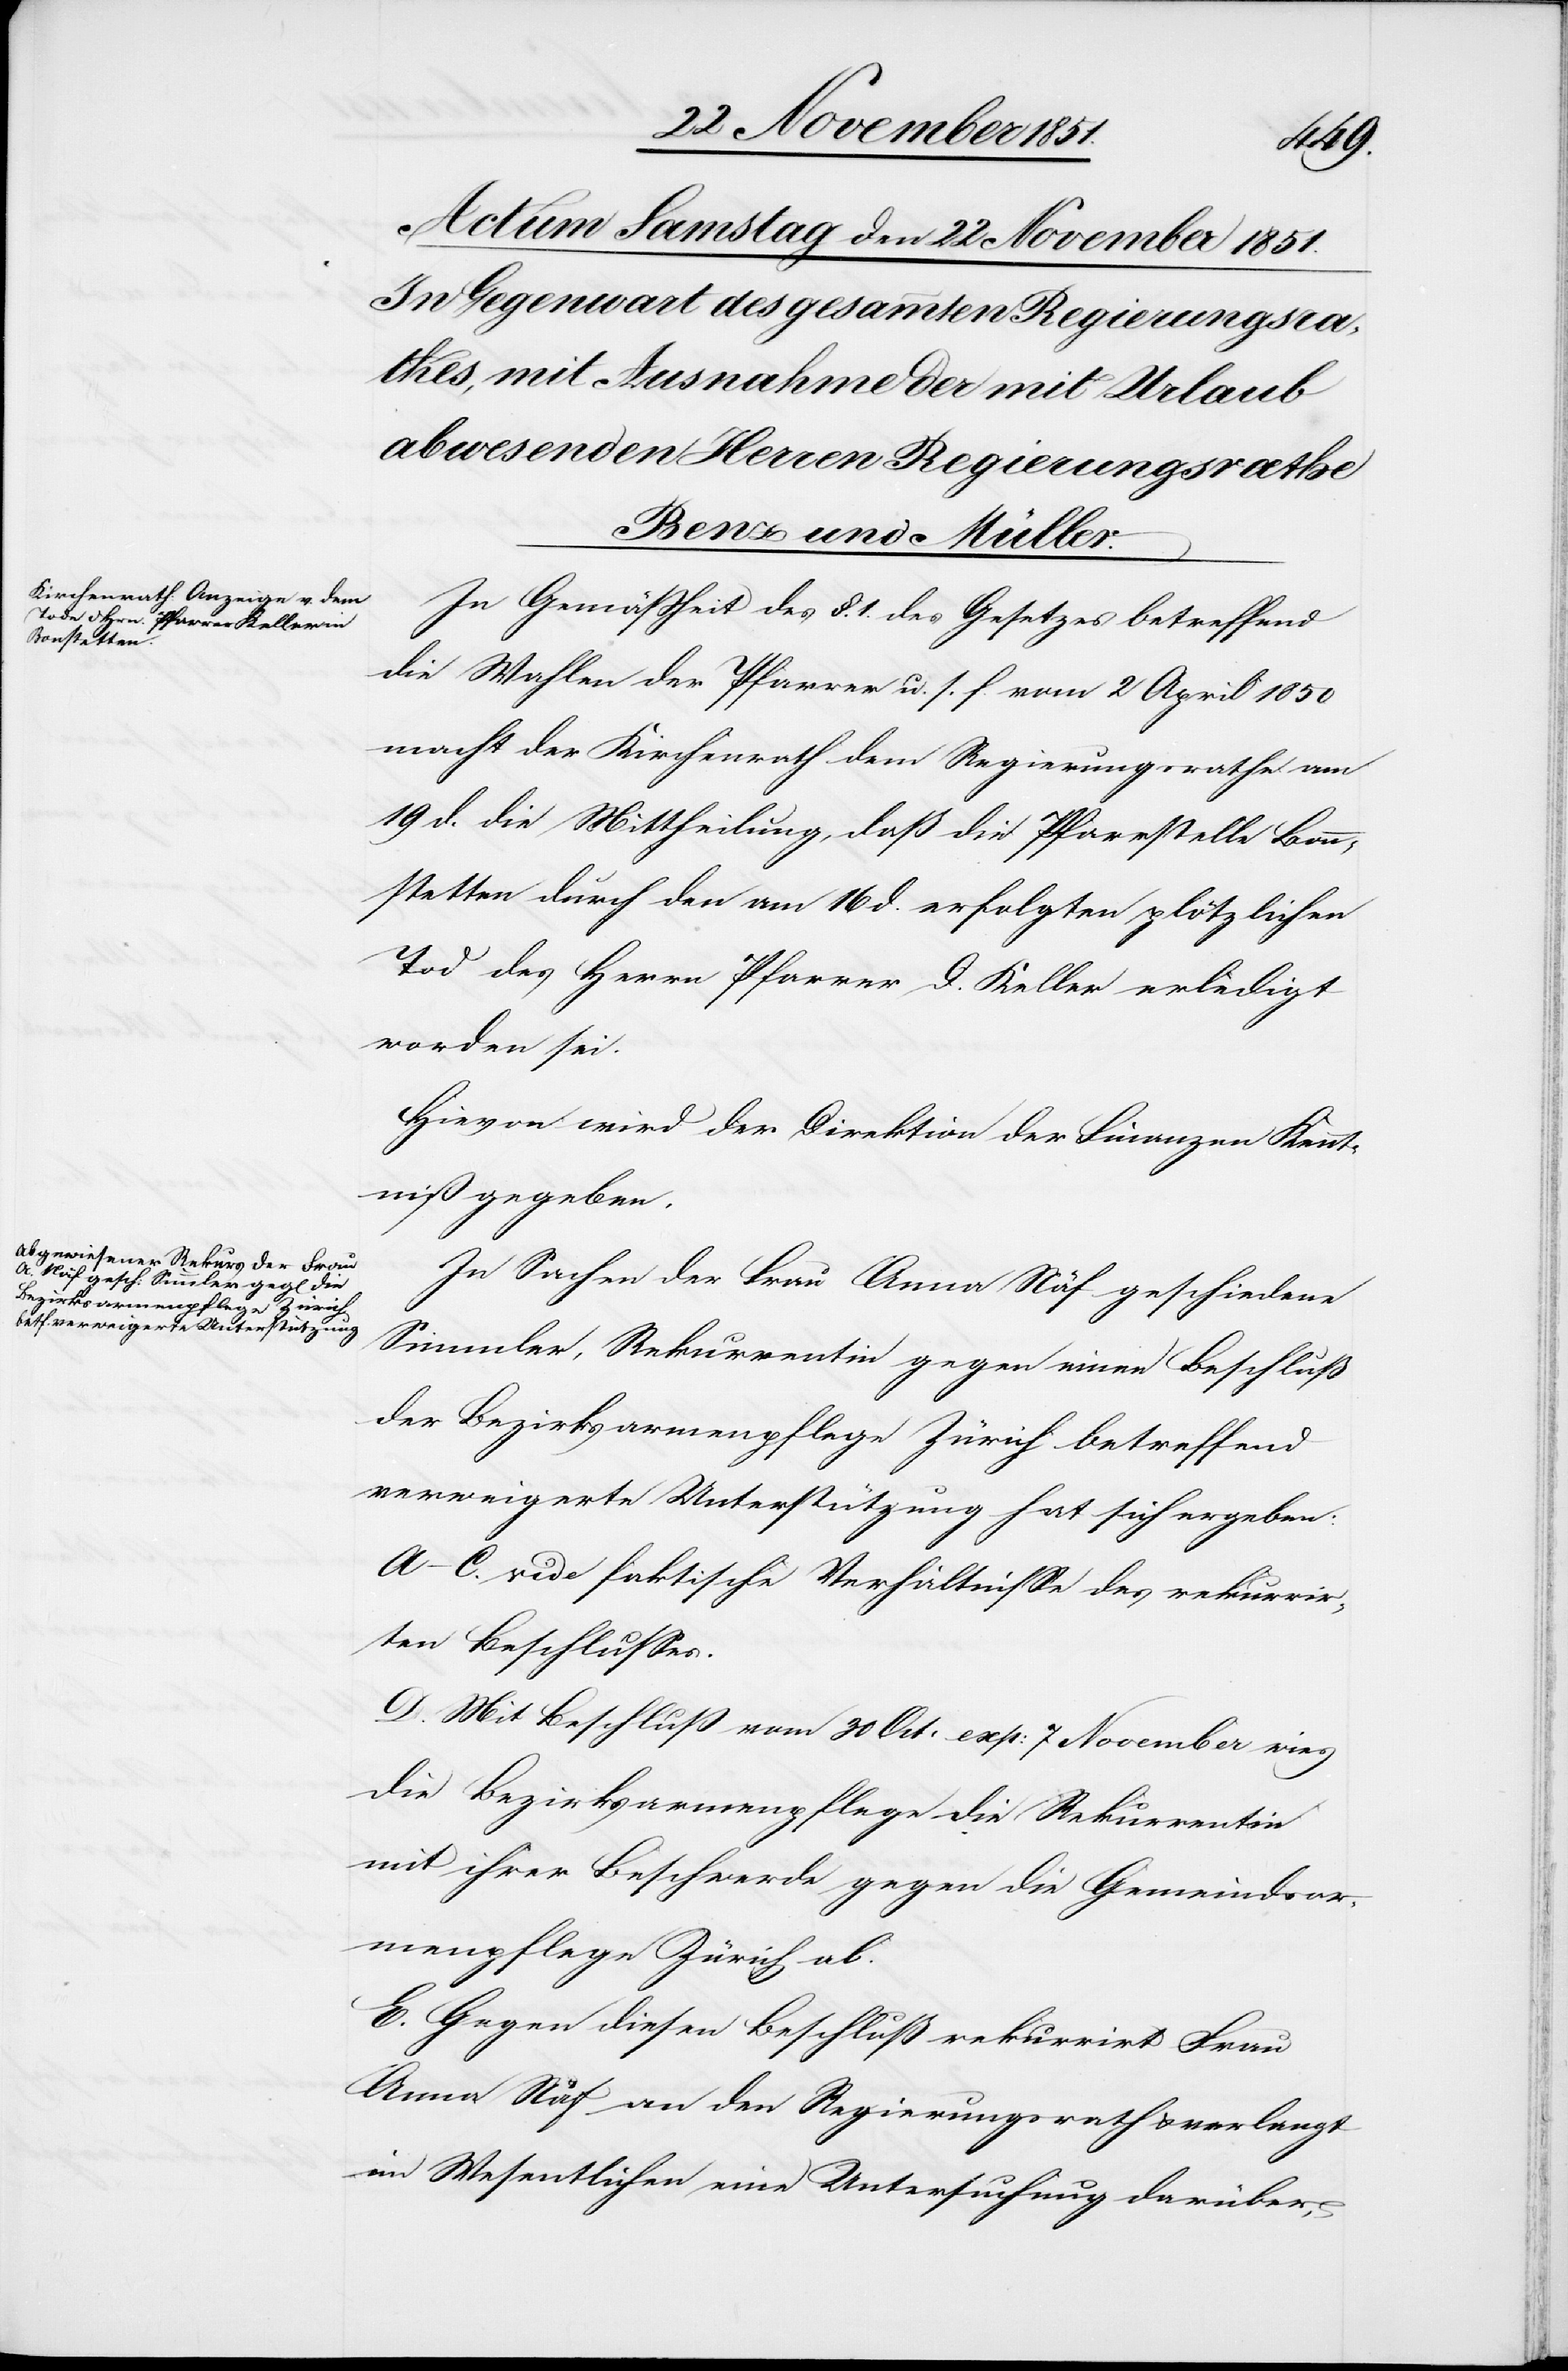
In Gemäßheit des §. 1. des Gesetzes betreffend
die Wahlen der Pfarrer u. s. f. vom 2 April 1850
macht der Kirchenrath dem Regierungsrathe am
19 d. die Mittheilung, daß die Pfarrstelle Bonn¬
stetten durch den am 16 d. erfolgten plötzlichen
Tod des Herrn Pfarrer D. Keller erledigt
worden sei.
Hievon wird der Direktion der Finanzen Kennt¬
niß gegeben.
In Sachen der Frau Anna Näf geschiedene
Simmler, Rekurrentin gegen einen Beschluß
der Bezirksarmenpflege Zürich betreffend
verweigerte Unterstützung hat sich ergeben:
A–C. vide faktische Verhältnisse des rekurrir¬
ten Beschlusses.
D. Mit Beschluß vom 30 Oct. exp: 7 November wies
die Bezirksarmenpflege die Rekurrentin
mit ihrer Beschwerde gegen die Gemeindsar¬
menpflege Zürich ab.
E. Gegen diesen Beschluß rekurrirt Frau
Anna Näf an den Regierungsrath & verlangt
im Wesentlichen eine Untersuchung darüber,